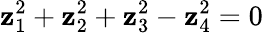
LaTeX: \mathbf{z}_{1}^{2}+\mathbf{z}_{2}^{2}+\mathbf{z}_{3}^{2}-\mathbf{z}_{4}^{2}=0